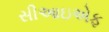
સીઆઇએફ